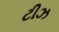
ટીઝ